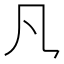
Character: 𪛝